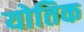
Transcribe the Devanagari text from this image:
योतिक